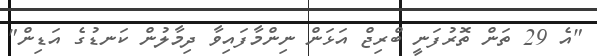
"އެ 29 ތަން ތޮރުފަނީ ބްރިޖް އަޅަން ނިންމާފައިވާ ދިމާލުން ކަނޑުގެ އަޑިން"